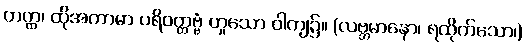
တတ္ထ၊ ထိုအကာမာ ပရိဝတ္တဗ္ဗံ ဟူသော ဝါကျ၌။ (လဗ္ဘမာနော၊ ရထိုက်သော၊)